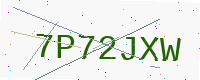
Text: 7P72JXW